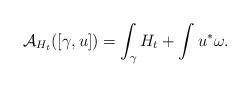
LaTeX: \begin{align*}\mathcal{A}_{H_{t}}([\gamma, u])= \int_{\gamma}H_{t} +\int u^{*}\omega.\end{align*}